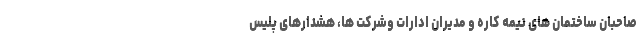
صاحبان ساختمان های نیمه کاره و مدیران ادارات وشرکت ها، هشدارهای پلیس